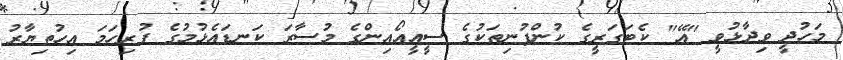
މަހުދީ ވިދާޅުވީ "އޭ" ކެޓަގަރީގެ ކުންފުނިތަކުގެ ސީއީއޯއިންގެ މުސާރަ ކަނޑައެޅުމުގެ ފުރިހަމަ އިހުތިޔާރު